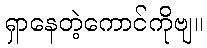
ရှာနေတဲ့ကောင်ကိုဗျ။